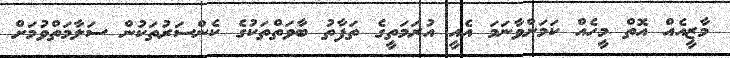
މާޒީއެއް އޮތް މީހެއް ކަމަށްވާނަމަ އެއީ އުރަމަތީގެ ތަފާތު ބާވަތްތަކުގެ ކެންސަރުތަކުން ސަލާމަތްވުމަށް